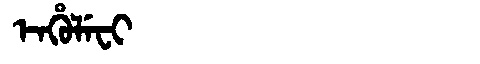
Manchu: ᡝᠨᡥᡠᠯᡝᠸᡳ
Romanization: ENHULEFI